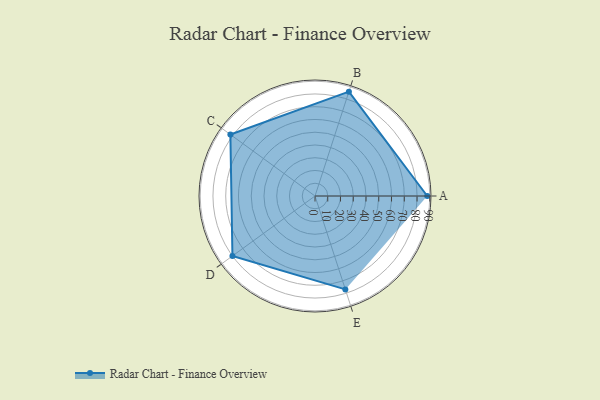
{"axis": {"x": "Skill", "y": "Score"}, "legend": ["Profile"], "data": [{"x": "A", "y": 88.0, "type": "Profile"}, {"x": "B", "y": 86.0, "type": "Profile"}, {"x": "C", "y": 82.0, "type": "Profile"}, {"x": "D", "y": 80.0, "type": "Profile"}, {"x": "E", "y": 77.0, "type": "Profile"}]}